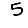
Digit: 5